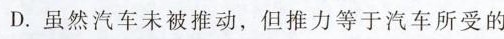
D.虽然汽车未被推动，但推力等于汽车所受的